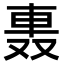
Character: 𨋌